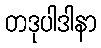
တဒုပါဒါနာ